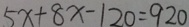
5 x + 8 x - 1 2 0 = 9 2 0